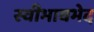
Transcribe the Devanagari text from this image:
स्वीभावभेद